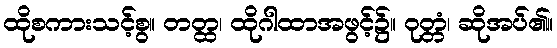
ထိုစကားသင့်စွ။ တတ္ထ၊ ထိုဂါထာအဖွင့်၌။ ဝုတ္တံ၊ ဆိုအပ်၏။